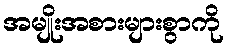
အမျိုးအစားများစွာကို